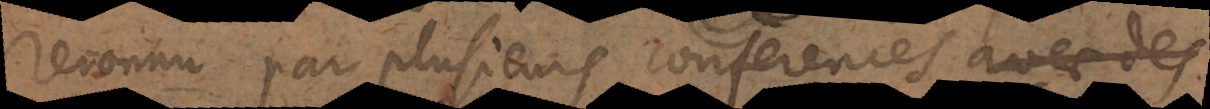
reconnu par plusieurs conferences avec des